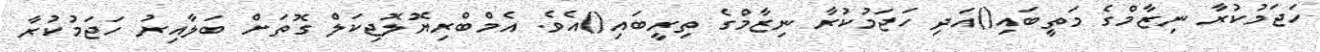
ހަޖަމުކުރާ ނިޒާމްގެ މަތީބައި()އަދި ހަޖަމުކުރާ ނިޒާމްގެ ތިރީބައި()އެވެ. އެމްބްރިޔޮލޮޖިކަލް ގޮތަށް ބަލާއިރު ހަޖަމުކުރާ